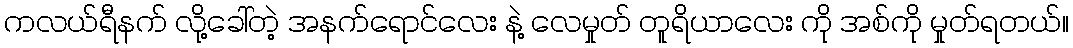
ကလယ်ရီနက် လို့ခေါ်တဲ့ အနက်ရောင်လေး နဲ့ လေမှုတ် တူရိယာလေး ကို အစ်ကို မှုတ်ရတယ်။